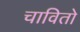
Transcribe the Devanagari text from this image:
चावितो